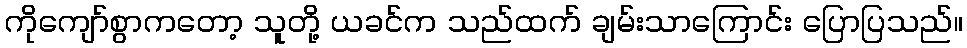
ကိုကျော်စွာကတော့ သူတို့ ယခင်က သည်ထက် ချမ်းသာကြောင်း ပြောပြသည်။